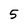
Character: 5